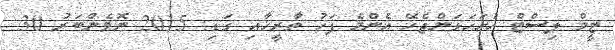
ޓީމް ލިސްޓް ހުށަހަޅަންޖެހޭ އެންމެ ފަހު ތާރީޚާއި ގަޑި: 2015 ނޮވެންބަރު 30